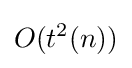
O(t^{2}(n))